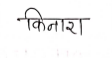
मजकूर: किनारा